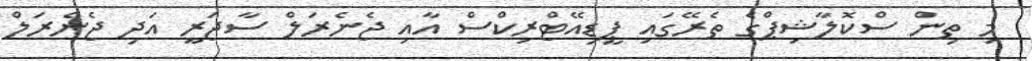
މި ތިން ސްކޮލާޝިޕްގެ ތެރޭގައި ޕީޑިއޭޓްރިކްސް އާއި ޖެނެރަލް ސާޖަރީ އަދި ޖެނެރަލް